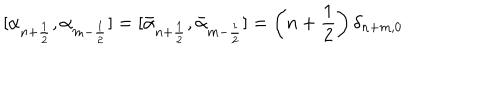
LaTeX: [ \alpha _ { n + { \frac { 1 } { 2 } } } , \alpha _ { m - { \frac { 1 } { 2 } } } ] = [ \bar { \alpha } _ { n + { \frac { 1 } { 2 } } } , \bar { \alpha } _ { m - { \frac { 1 } { 2 } } } ] = \left( n + { \frac { 1 } { 2 } } \right) \delta _ { n + m , 0 }